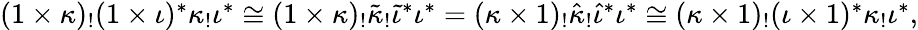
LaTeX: \begin{array}{r}{(1\times\kappa)_{!}(1\times\iota)^{*}\kappa_{!}\iota^{*}\cong(1\times\kappa)_{!}\tilde{\kappa}_{!}\tilde{\iota}^{*}\iota^{*}=(\kappa\times 1)_{!}\hat{\kappa}_{!}\hat{\iota}^{*}\iota^{*}\cong(\kappa\times 1)_{!}(\iota\times 1)^{*}\kappa_{!}\iota^{*},}\end{array}